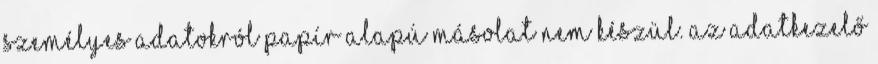
személyes adatokról papír alapú másolat nem készül. Az Adatkezelő